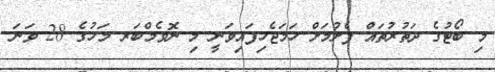
މި ބޯޓުގެ ދަތުރުތައް ފެށުމަށް ހަމަޖެހިފައިވަނީ މި ނޮވެމްބަރ މަހުގެ 28 ވަނަ